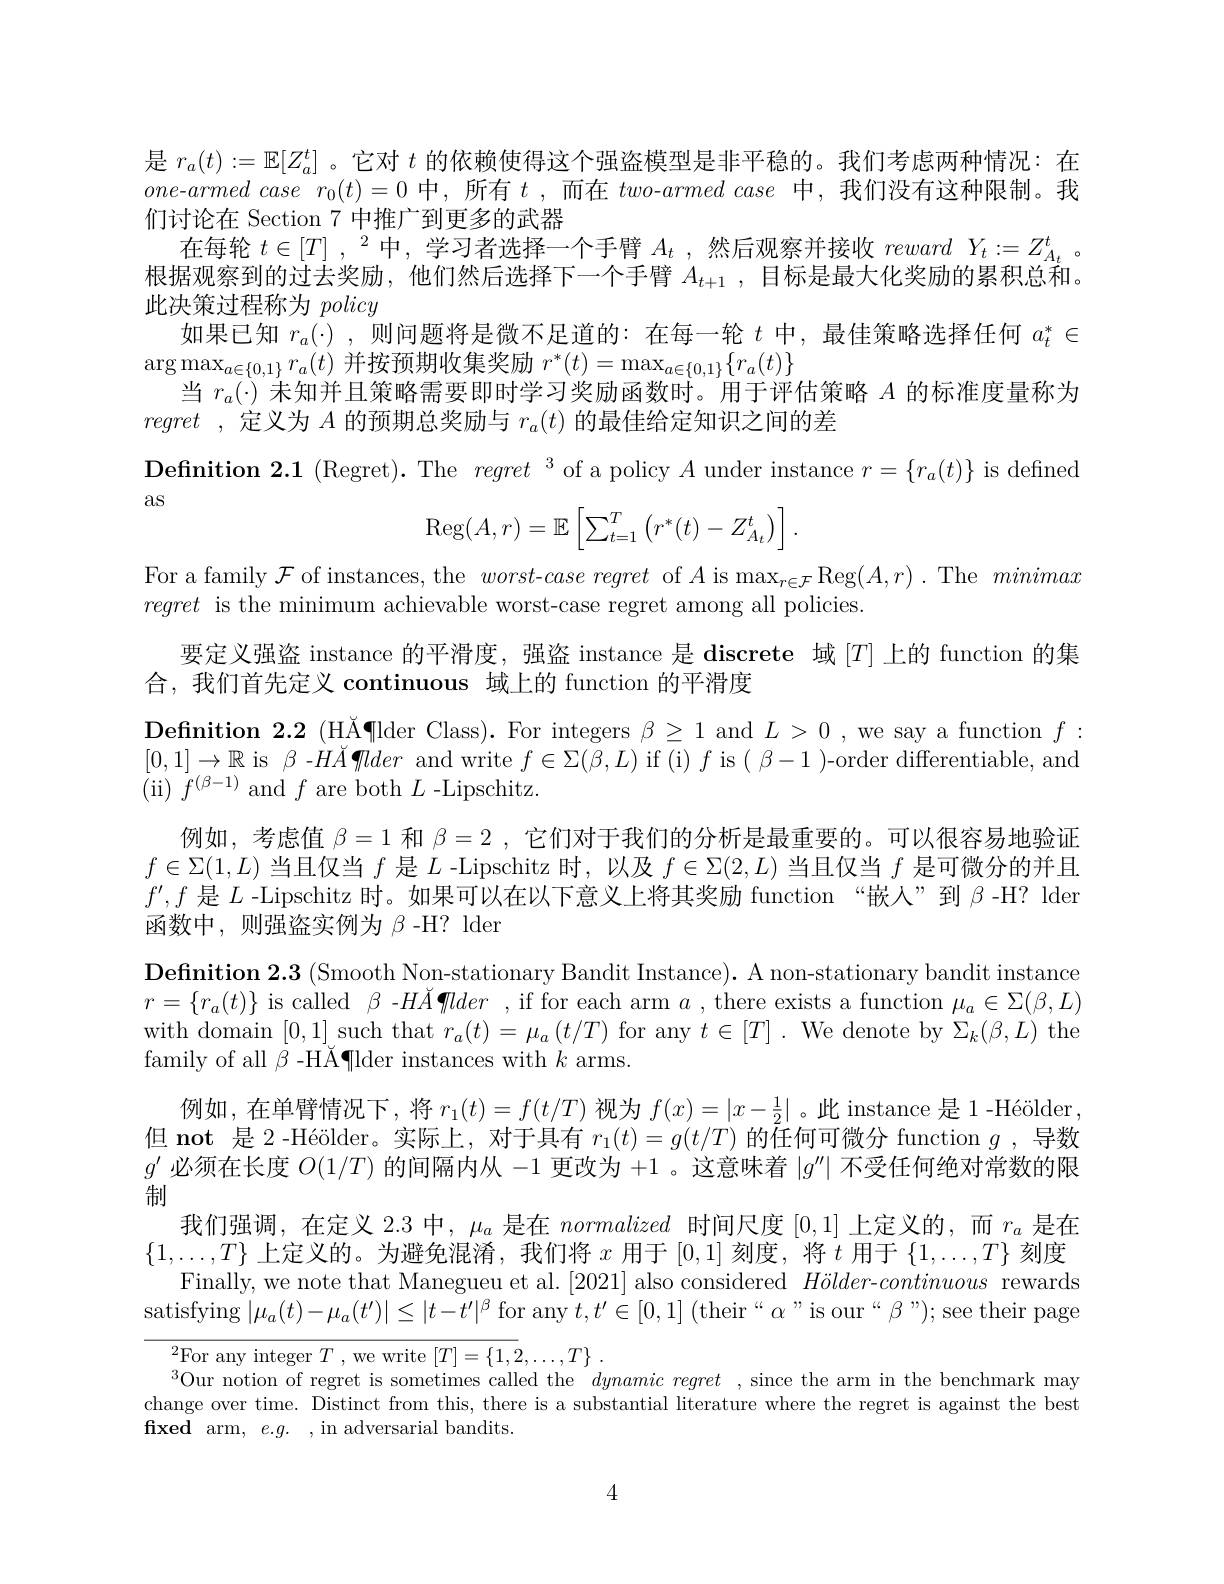
是$r_a(t):=\mathbb{E}[Z_a^t]$ 。它对$t$的依赖使得这个强盗模型是非平稳的。我们考虑两种情况：在$one-armed~case~r_0(t)=0~$中，所有 $t~,~$而在 $two-armed~case~$中，我们没有这种限制。我们讨论在 Section 7 中推广到更多的武器
在每轮$t\in[T]$ ,$^2$中，学习者选择一个手臂$A_t$ ,然后观察并接收reward $Y_t:=Z_{A_t}^t$ 。根据观察到的过去奖励，他们然后选择下一个手臂$A_t+ 1$ , 目标是最大化奖励的累积总和。此决策过程称为policy
如果已知$r_a(\cdot)$,则问题将是微不足道的：在每一轮$t$中，最佳策略选择任何$a_t^*\in$
$\arg\max_{a\in\{0,1\}}r_a(t)$并按预期收集奖励$r^*(t)=\max_{a\in\{0,1\}}\{r_a(t)\}$
当$r_a(\cdot)$未知并且策略需要即时学习奖励函数时。用于评估策略$A$的标准度量称为
regret ,定义为$A$的预期总奖励与$r_a(t)$的最佳给定知识之间的差

as

$\textbf{Definition 2. 1 ( Regret) . The }regret^{3}$ of a policy $A$ under instance $r=\{r_a(t)\}$ is defined
$$\operatorname{Reg}(A,r)=\mathbb{E}\left[\sum_{t=1}^T\left(r^*(t)-Z_{A_t}^t\right)\right].$$
For a family $\mathcal{F}$ of instances, the $worst- case\textit{regret of }A\text{is max}_{r\in \mathcal{F} }$Reg$(A,r).$The minimax
regret is the minimum achievable worst-case regret among all policies.
要定义强盗 instance 的平滑度，强盗 instance 是 discrete 域 [T]上的 function 的集
合，我们首先定义 continuous 域上的 function 的平滑度
$\begin{array}{l}\textbf{Definition 2.2(H\u{A}\P lderClass).For integers}\beta\geq1\mathrm{~and~}L>0,\text{we say a function }f:\\[0,1]\to\mathbb{R}\mathrm{~is~}\beta-H\u{A}\P lder\mathrm{~and~write~}f\in\Sigma(\beta,L)\mathrm{~if~(i)~}f\mathrm{~is~}(\beta-1)\text{-order differentiable, and}\end{array}$
(ii)$f^{(\beta-1)}$and$f$are both$L$-Lipschitz.
例如，考虑值$\beta=1$和$\beta=2$ ,它们对于我们的分析是最重要的。可以很容易地验证$f\in\Sigma(1,L)$当且仅当$f$是$L$ -Lipschitz 时，以及$f\in\Sigma(2,L)$当且仅当$f$是可微分的并且$f^{\prime},f$是$L$ -Lipschitz 时。如果可以在以下意义上将其奖励 function“嵌人”到$\beta$-H? lder 函数中，则强盗实例为$\beta$ -H? lder
$\textbf{Definition 2. 3 ( Smooth Non- stationary Bandit Instance) . A non- stationary bandit instance}$ $r=\{r_a(t)\}$ is called $\beta$ -$H\breve{A}\P lder$, if for each arm $a$ , there exists a function $\mu_a\in\Sigma(\beta,L)$ with domain [0,1]such that $r_a(t)=\mu_a(t/T)$ for any $t\in[T].$ We denote by $\Sigma_k(\beta,L)$ the family of all $\beta$ -HĂ¶lder instances with $k$ arms.
例如，在单臂情况下，将$r_1(t)=f(t/T)$视为$f(x)=|x-\frac12|$。此 instance 是1-Héölder 但 not 是 2 -Héölder。实际上，对于具有$r_1(t)=g(t/T)\bar{\text{的任何可微分 function }g}$,导数$g^{\prime}$必须在长度$O(1/T)$的间隔内从-1更改为 +1 。这意味着$|g^\prime\prime|$不受任何绝对常数的限制
我们强调，在定义 2.3 中，$\mu_a$是在 normalized 时间尺度[0,1]上定义的，而$r_a$是在$\{1,\ldots,T\}$上定义的。为避免混淆，我们将$x$用于[0,1]刻度，将$t$用于$\{1,\ldots,T\}$刻度
Finally, we note that Manegueu et al. [2021] also considered $H\ddot{o}lder-continuous$ rewards satisfying $|\mu_a(t)-\mu_a(t')|\leq|t-t'|^\beta$ for any $t, t^{\prime }\in [ 0, 1]$( their“ α " is our“ β ” );see their page
$^{2}$For any integer $T$ , we write $[ T] = \{ 1, 2, \ldots , T\}$ .
$^{3}$Our notion of regret is sometimes called the $dynamic\textit{regret , since the arm in the benchmark may}$ change over time. Distinct from this, there is a substantial literature where the regret is against the best

fixed arm, $e.g.$ ,in adversarial bandits.

4